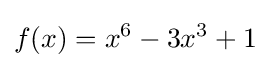
f(x)=x^{6}-3x^{3}+1